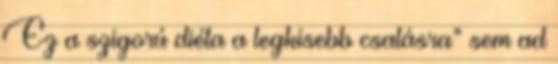
Ez a szigorú diéta a legkisebb csalásra” sem ad